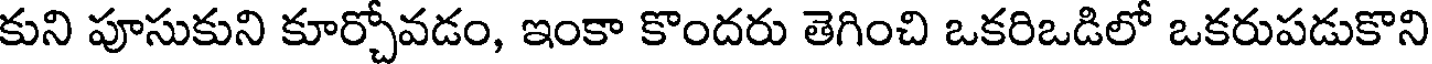
కుని పూసుకుని కూర్చోవడం, ఇంకా కొందరు తెగించి ఒకరిఒడిలో ఒకరుపడుకొని